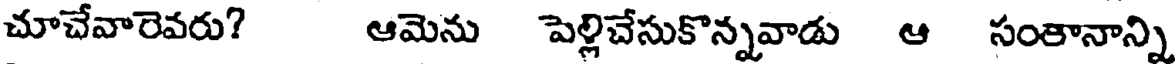
చూచేవారెవరు? ఆమెను పెల్లిచేసుకొన్నవాడు ఆ సంతానాన్ని